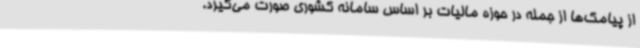
از پیامک‌ها از جمله در حوزه مالیات بر اساس سامانه کشوری صورت می‌گیرد.